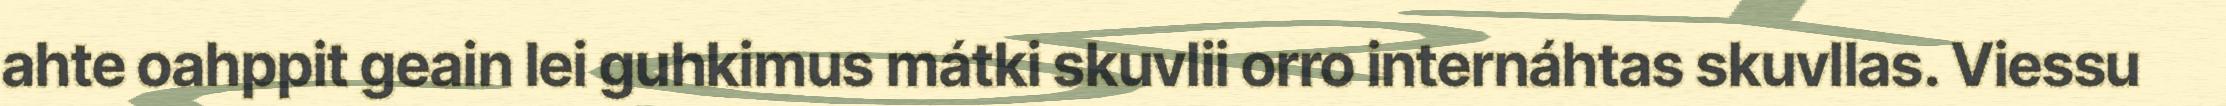
ahte oahppit geain lei guhkimus mátki skuvlii orro internáhtas skuvllas. Viessu